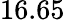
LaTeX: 16.65